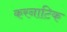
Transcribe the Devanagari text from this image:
करनाटिक